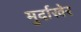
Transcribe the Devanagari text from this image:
मुर्दाखेर